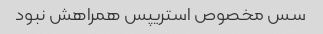
سس مخصوص استریپس همراهش نبود